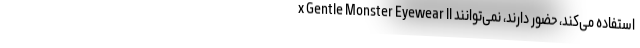
x Gentle Monster Eyewear II استفاده می‌کند، حضور دارند، نمی‌توانند